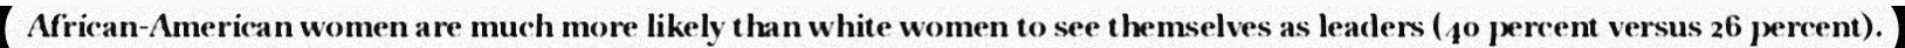
African-American women are much more likely than white women to see themselves as leaders (40 percent versus 26 percent).